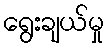
ရွေးချယ်မှု